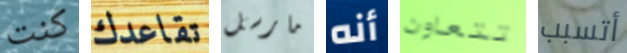
كنت تقاعدك مارسل أنه تتعاون أتسبب